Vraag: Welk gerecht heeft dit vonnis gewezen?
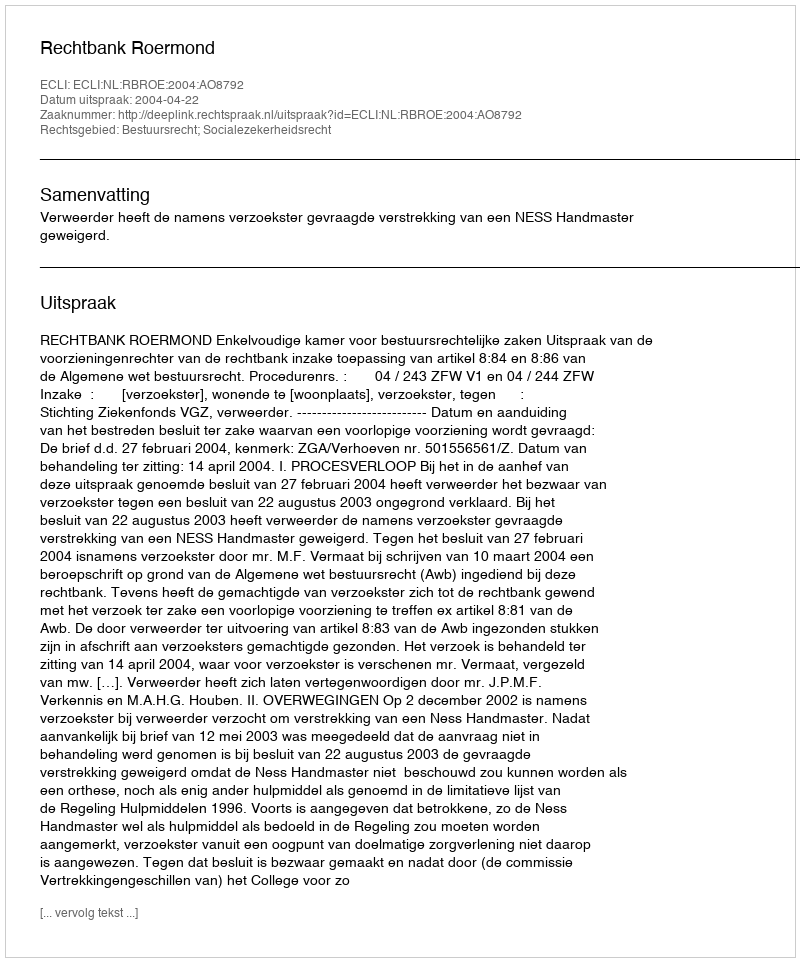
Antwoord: Rechtbank Roermond